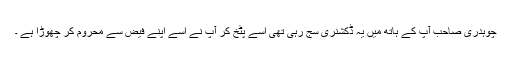
چوہدری صاحب آپ کے ہاتھ میں یہ ڈکشنری سج رہی تھی اسے پٹخ کر آپ نے اسے اپنے فیض سے محروم کر چھوڑا ہے ۔